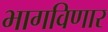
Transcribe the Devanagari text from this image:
भागविणार